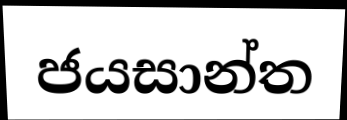
ජයසාන්ත